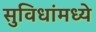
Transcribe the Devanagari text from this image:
सुविधांमध्ये